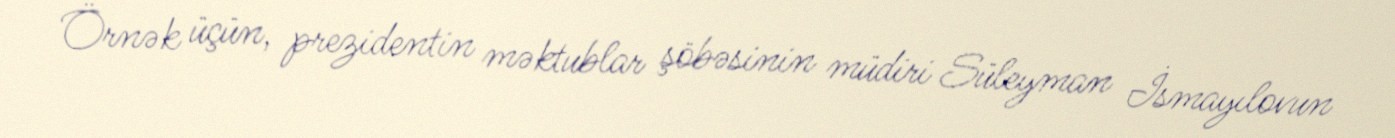
Örnək üçün, prezidentin məktublar şöbəsinin müdiri Süleyman İsmayılovun